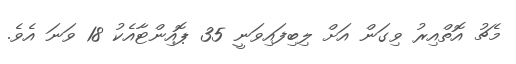
މެޗު އޮތްއިރު ވިގަން އަށް ލިބިފައިވަނީ 35 ޕޮއިންޓާއެކު 18 ވަނަ އެވެ.